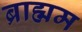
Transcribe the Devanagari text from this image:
ब्राह्मम